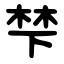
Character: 梺